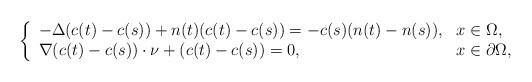
LaTeX: \begin{align*} \left\{\begin{array}{ll}-\Delta(c(t)-c(s))+n(t)(c(t)-c(s))=-c(s)(n(t)-n(s)), &x\in\Omega,\\ \nabla (c(t)-c(s))\cdot \nu+(c(t)-c(s))= 0, &x\in\partial\Omega, \end{array}\right.\end{align*}